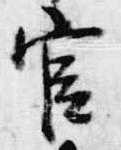
官